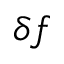
\delta f